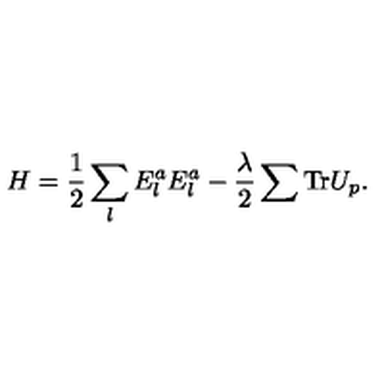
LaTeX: H = { \frac { 1 } { 2 } } \sum _ { l } E _ { l } ^ { a } E _ { l } ^ { a } - { \frac { \lambda } { 2 } } \sum \mathrm { T r } U _ { p } .